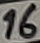
Text: 16